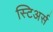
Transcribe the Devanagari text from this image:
स्टिअर्स